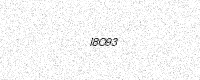
Text: I8O93